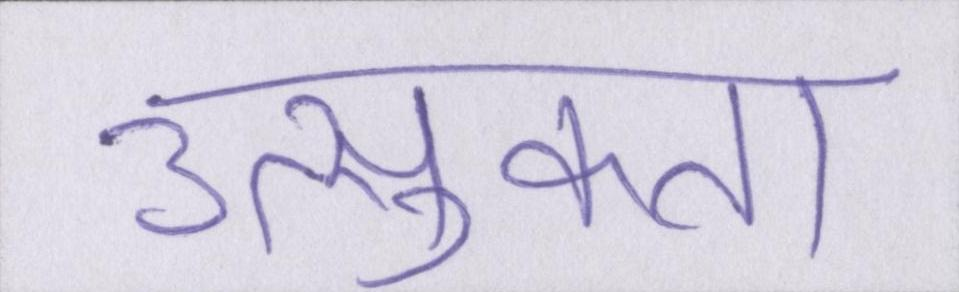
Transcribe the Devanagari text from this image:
उत्सुकता